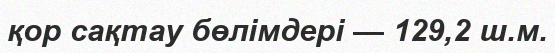
қор сақтау бөлімдері — 129,2 ш.м.